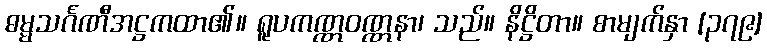
ဓမ္မသင်္ဂဏီအဋ္ဌကထာ၏။ ရူပကဏ္ဏဝဏ္ဏနာ၊ သည်။ နိဋ္ဌိတာ။ စာမျက်နှာ [၃၇၉]